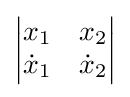
{\begin{vmatrix}x_{1}&x_{2}\\{\dot {x}}_{1}&{\dot {x}}_{2}\end{vmatrix}}